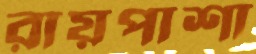
রায়পাশা